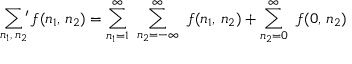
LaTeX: \sum _ { n _ { 1 } , \, n _ { 2 } } \, \! \! \! ^ { \prime } \, f ( n _ { 1 } , \, n _ { 2 } ) = \sum _ { n _ { 1 } = 1 } ^ { \infty } \ \sum _ { n _ { 2 } = - \infty } ^ { \infty } \ f ( n _ { 1 } , \, n _ { 2 } ) + \sum _ { n _ { 2 } = 0 } ^ { \infty } \ f ( 0 , \, n _ { 2 } )